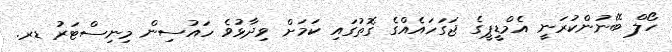
ހޯލް ބޭނުންކުރަނީ އެމްޑީޕީގެ ޖަގަހައެއްގެ ގޮތުގައި ކަމަށް ވިދާޅުވެ ހައުސިން މިނިސްޓަރު ޑރ.